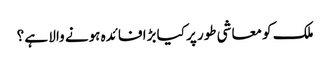
ملک کو معاشی طور پر کیا بڑا فائدہ ہونے والا ہے ؟